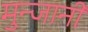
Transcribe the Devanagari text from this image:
मुन्जानी